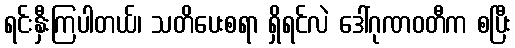
ရင်းနှီးကြပါတယ်၊ သတိပေးစရာ ရှိရင်လဲ ဒေါ်ဂုဏဝတီက စပြီး